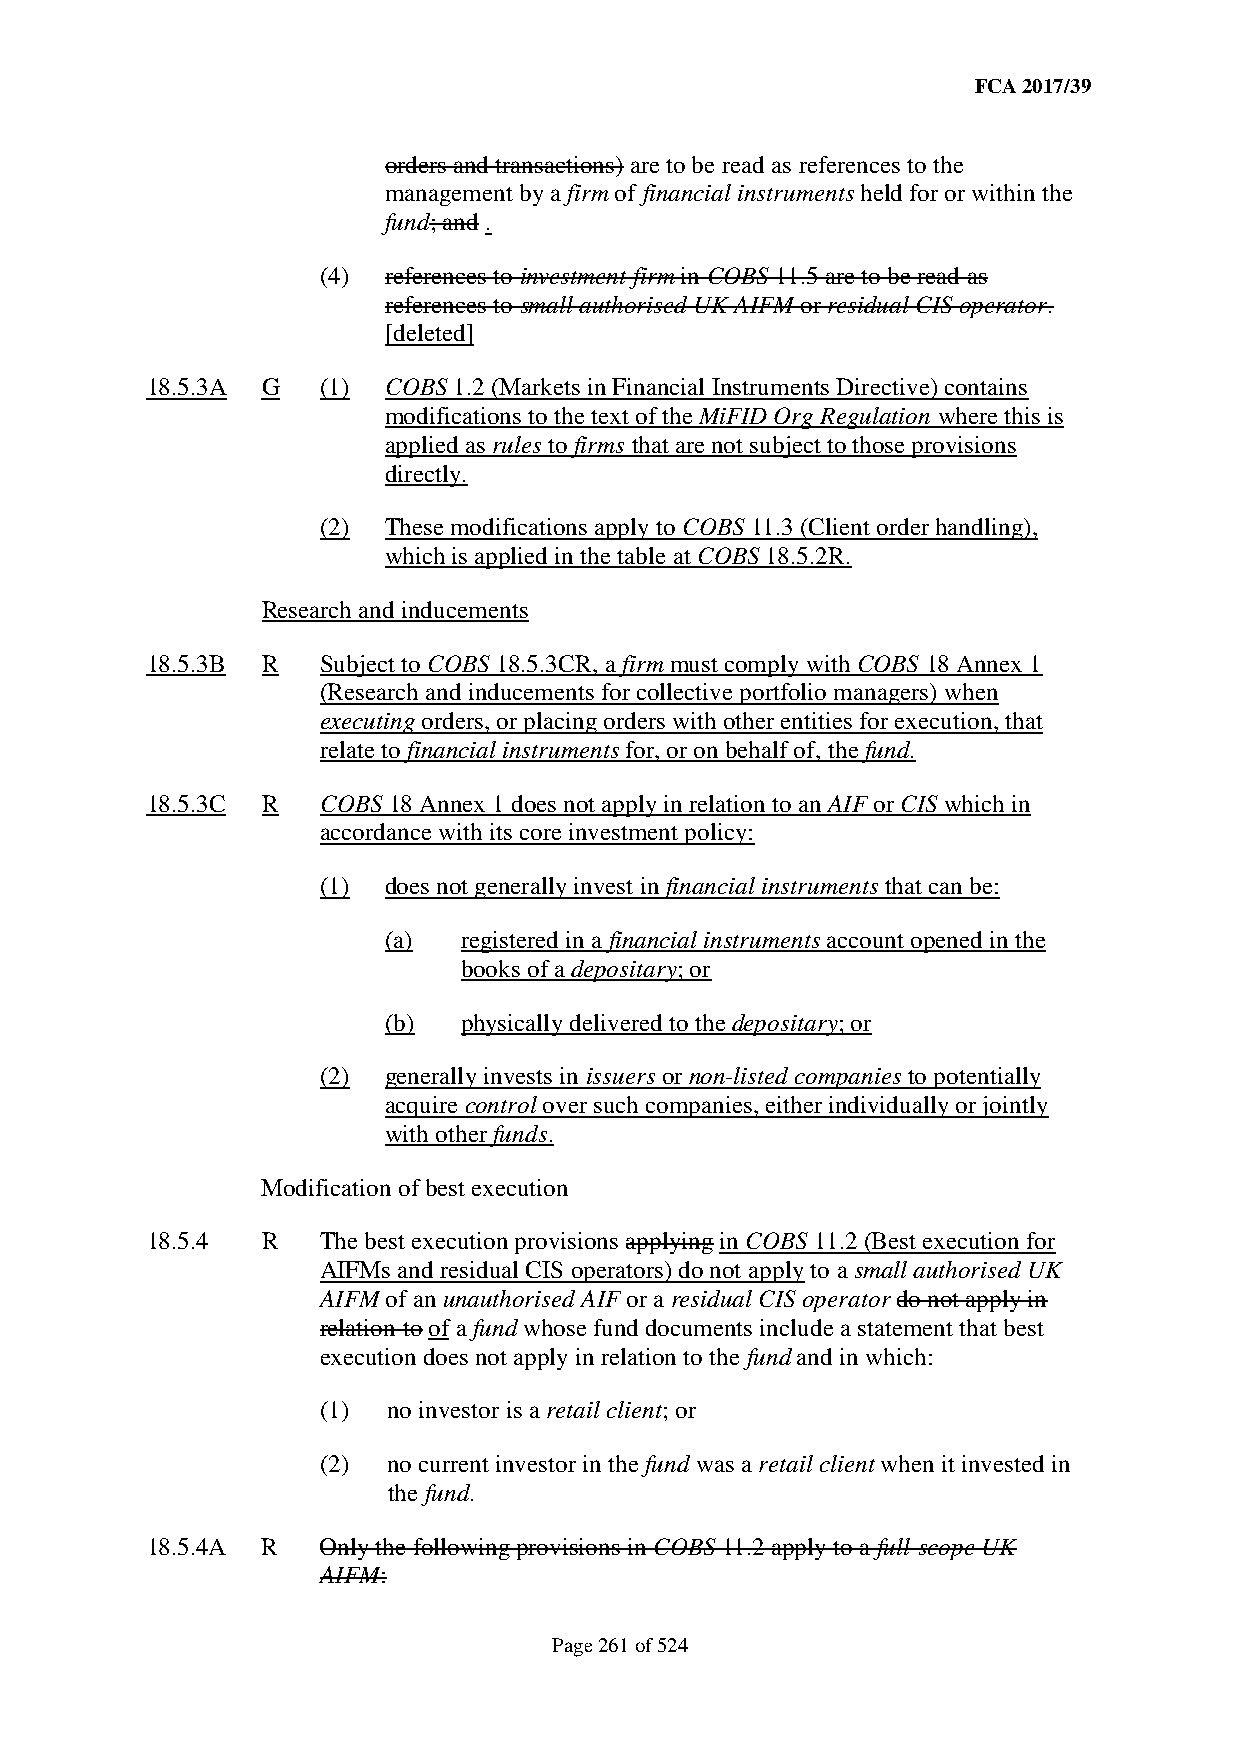
FCA 2017/39
 orders and transactions) are to be read as references to the
 management by a firm of financial instruments held for or within the
 fund; and .
 (4) references to investment firm in COBS 11.5 are to be read as
 references to small authorised UK AIFM or residual CIS operator.
 [deleted]
 18.5.3A G  (1) COBS 1.2 (Markets in Financial Instruments Directive) contains
 modifications to the text of the MiFID Org Regulation where this is
 applied as rules to firms that are not subject to those provisions
 directly.
 (2) These modifications apply to COBS 11.3 (Client order handling),
 which is applied in the table at COBS 18.5.2R.
 Research and inducements
 18.5.3B R  Subject to COBS 18.5.3CR, a firm must comply with COBS 18 Annex 1
 (Research and inducements for collective portfolio managers) when
 executing orders, or placing orders with other entities for execution, that
 relate to financial instruments for, or on behalf of, the fund.
 18.5.3C R  COBS 18 Annex 1 does not apply in relation to an AIF or CIS which in
 accordance with its core investment policy:
 (1) does not generally invest in financial instruments that can be:
 (a)   registered in a financial instruments account opened in the
 books of a depositary; or
 (b)   physically delivered to the depositary; or
 (2) generally invests in issuers or non-listed companies to potentially
 acquire control over such companies, either individually or jointly
 with other funds.
 Modification of best execution
 18.5.4 R   The best execution provisions applying in COBS 11.2 (Best execution for
 AIFMs and residual CIS operators) do not apply to a small authorised UK
 AIFM of an unauthorised AIF or a residual CIS operator do not apply in
 relation to of a fund whose fund documents include a statement that best
 execution does not apply in relation to the fund and in which:
 (1)  no investor is a retail client; or
 (2)  no current investor in the fund was a retail client when it invested in
 the fund.
 18.5.4A R  Only the following provisions in COBS 11.2 apply to a full-scope UK
 AIFM:
 Page 261 of 524